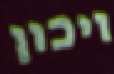
ויכון